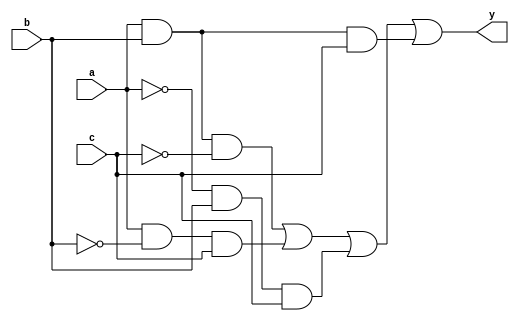
module combinational_logic_block (
    input wire a,      // Input variable A
    input wire b,      // Input variable B
    input wire c,      // Input variable C
    output wire y      // Output variable Y
);

// Internal signals for intermediate logic
wire not_a;
wire not_b;
wire not_c;
wire term1, term2, term3, term4;

// Step 1: Apply NOT gates
not (not_a, a);
not (not_b, b);
not (not_c, c);

// Step 2: Generate product terms (AND gates)
assign term1 = a & b & not_c;  // A AND B AND NOT C
assign term2 = a & not_b & c;  // A AND NOT B AND C
assign term3 = not_a & b & c;  // NOT A AND B AND C
assign term4 = a & b & c;      // A AND B AND C

// Step 3: Combine product terms (OR gate)
assign y = term1 | term2 | term3 | term4; // Final output

endmodule